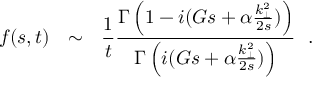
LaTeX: f ( s , t ) ~ ~ \sim ~ ~ { \frac { 1 } { t } } { \frac { \Gamma \left( 1 - i ( G s + \alpha { \frac { k _ { \perp } ^ { 2 } } { 2 s } } ) \right) } { \Gamma \left( i ( G s + \alpha { \frac { k _ { \perp } ^ { 2 } } { 2 s } } ) \right) } } ~ ~ .